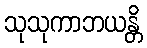
သုသုကာဘယန္တိ